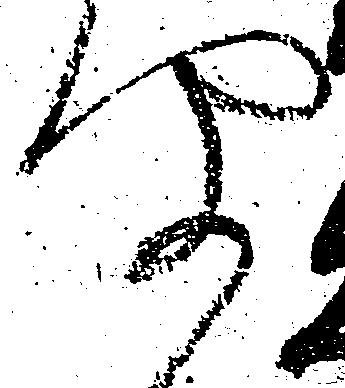
聞